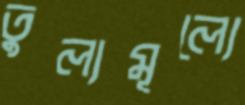
তুল্যমূল্যে